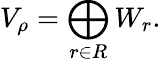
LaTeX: V_{\rho}=\bigoplus_{r\in R}W_{r}.